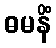
ဓမနိံ